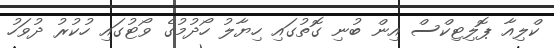
ކްލިއާ ޕޮލިޓިކްސް އިން ބުނި ގޮތުގައި ހިޔާލު ހޯދުމުގެ ވޯޓުގައި ހުކުރު ދުވަހު